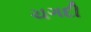
ચગદી